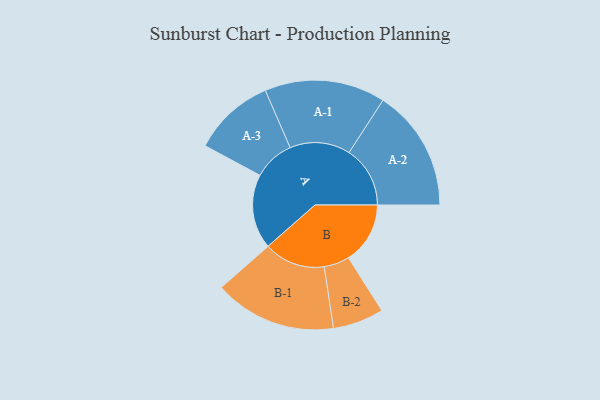
{"axis": {"x": "Segment", "y": "Value"}, "legend": ["", "A", "B"], "data": [{"x": "A", "y": 348, "type": ""}, {"x": "B", "y": 288, "type": ""}, {"x": "A-1", "y": 282, "type": "A"}, {"x": "A-2", "y": 285, "type": "A"}, {"x": "A-3", "y": 191, "type": "A"}, {"x": "B-1", "y": 286, "type": "B"}, {"x": "B-2", "y": 119, "type": "B"}]}